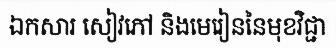
ឯកសារ សៀវភៅ និងមេរៀននៃមុខវិជ្ជា